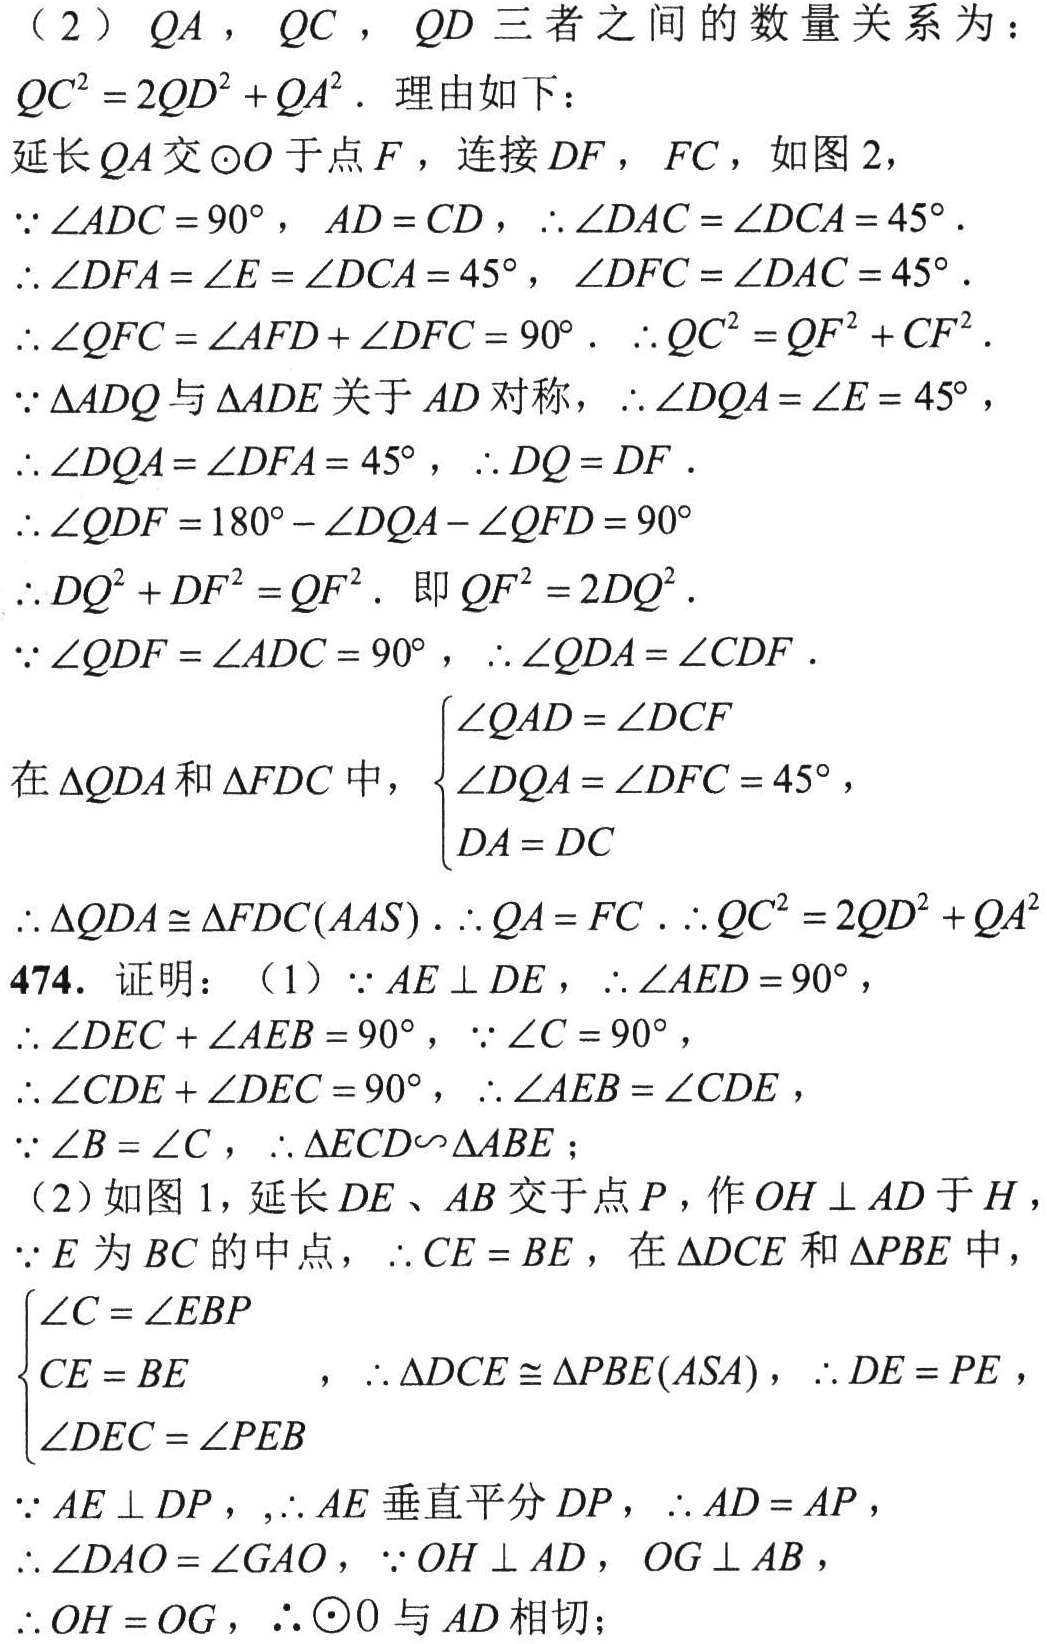
（2）\(QA\)，\(QC\)，\(QD\)三者之间的数量关系为：
\(QC^{2}=2QD^{2}+QA^{2}\). 理由如下：
延长\(QA\)交\(\odot O\)于点\(F\)，连接\(DF\)，\(FC\)，如图 2，
\(\because\angle ADC = 90^{\circ}\)，\(AD = CD\)，\(\therefore\angle DAC=\angle DCA = 45^{\circ}\).
\(\therefore\angle DFA=\angle E=\angle DCA = 45^{\circ}\)，\(\angle DFC=\angle DAC = 45^{\circ}\).
\(\therefore\angle QFC=\angle AFD+\angle DFC = 90^{\circ}\). \(\therefore QC^{2}=QF^{2}+CF^{2}\).
\(\because\triangle ADQ\)与\(\triangle ADE\)关于\(AD\)对称，\(\therefore\angle DQA=\angle E = 45^{\circ}\)，
\(\therefore\angle DQA=\angle DFA = 45^{\circ}\)，\(\therefore DQ = DF\).
\(\therefore\angle QDF = 180^{\circ}-\angle DQA-\angle QFD = 90^{\circ}\)
\(\therefore DQ^{2}+DF^{2}=QF^{2}\). 即\(QF^{2}=2DQ^{2}\).
\(\because\angle QDF=\angle ADC = 90^{\circ}\)，\(\therefore\angle QDA=\angle CDF\).
在\(\triangle QDA\)和\(\triangle FDC\)中，\(\begin{cases}\angle QAD=\angle DCF\\\angle DQA=\angle DFC = 45^{\circ}\\DA = DC\end{cases}\)，
\(\therefore\triangle QDA\cong\triangle FDC(AAS)\). \(\therefore QA = FC\) . \(\therefore QC^{2}=2QD^{2}+QA^{2}\)
474. 证明：（1）\(\because AE\perp DE\)，\(\therefore\angle AED = 90^{\circ}\)，
\(\therefore\angle DEC+\angle AEB = 90^{\circ}\)，\(\because\angle C = 90^{\circ}\)，
\(\therefore\angle CDE+\angle DEC = 90^{\circ}\)，\(\therefore\angle AEB=\angle CDE\)，
\(\because\angle B=\angle C\)，\(\therefore\triangle ECD\sim\triangle ABE\)；
（2）如图 1，延长\(DE\)、\(AB\)交于点\(P\)，作\(OH\perp AD\)于\(H\)，
\(\because E\)为\(BC\)的中点，\(\therefore CE = BE\)，在\(\triangle DCE\)和\(\triangle PBE\)中，
\(\begin{cases}\angle C=\angle EBP\\CE = BE\\\angle DEC=\angle PEB\end{cases}\)，\(\therefore\triangle DCE\cong\triangle PBE(ASA)\)，\(\therefore DE = PE\)，
\(\because AE\perp DP\)，\(\therefore AE\)垂直平分\(DP\)，\(\therefore AD = AP\)，
\(\therefore\angle DAO=\angle GAO\)，\(\because OH\perp AD\)，\(OG\perp AB\)，
\(\therefore OH = OG\)，\(\therefore\odot O\)与\(AD\)相切；